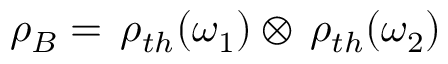
\rho _ { B } = \, \rho _ { t h } ( \omega _ { 1 } ) \otimes \, \rho _ { t h } ( \omega _ { 2 } )